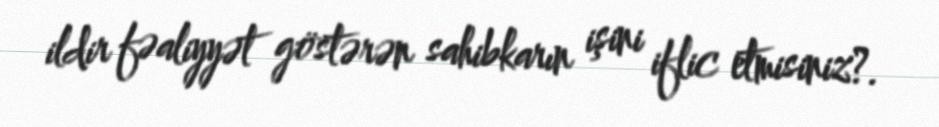
ildir fəaliyyət göstərən sahibkarın işini iflic etmisiniz?.